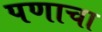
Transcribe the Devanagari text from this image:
पणाचा